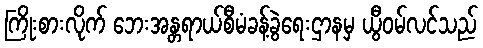
ကြိုးစားလိုက် ဘေးအန္တရာယ်စီမံခန့်ခွဲရေးဌာနမှ ယွီဝမ်လင်သည်